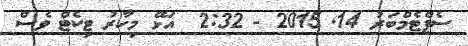
ސެޕްޓެމްބަރު 14